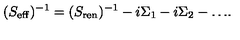
( S _ { \mathrm { e f f } } ) ^ { - 1 } = ( S _ { \mathrm { r e n } } ) ^ { - 1 } - i \Sigma _ { 1 } - i \Sigma _ { 2 } - \dots \! .